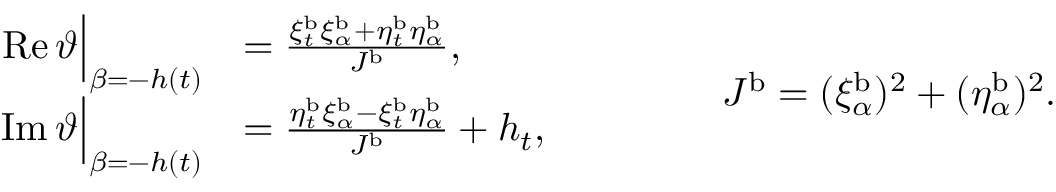
\begin{array} { r l } { \operatorname { R e } \vartheta \Big | _ { \beta = - h ( t ) } } & { = \frac { \xi _ { t } ^ { \mathrm { b } } \xi _ { \alpha } ^ { \mathrm { b } } + \eta _ { t } ^ { \mathrm { b } } \eta _ { \alpha } ^ { \mathrm { b } } } { J ^ { \mathrm { b } } } , } \\ { \operatorname { I m } \vartheta \Big | _ { \beta = - h ( t ) } } & { = \frac { \eta _ { t } ^ { \mathrm { b } } \xi _ { \alpha } ^ { \mathrm { b } } - \xi _ { t } ^ { \mathrm { b } } \eta _ { \alpha } ^ { \mathrm { b } } } { J ^ { \mathrm { b } } } + h _ { t } , } \end{array} \qquad \qquad J ^ { \mathrm { b } } = ( \xi _ { \alpha } ^ { \mathrm { b } } ) ^ { 2 } + ( \eta _ { \alpha } ^ { \mathrm { b } } ) ^ { 2 } .